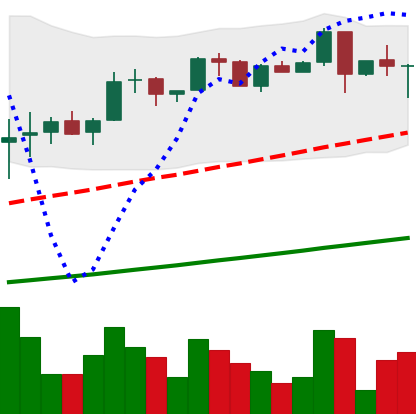
Ticker: LTC-USD
Chart end date: 2017-06-15
Forward return: 56.242%
Label: up_7plus